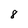
Character: 8